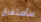
سأستغرق